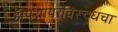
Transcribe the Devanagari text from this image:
हॅम्पशायरविरूद्धचा